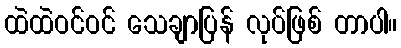
ထဲထဲဝင်ဝင် သေချာပြန် လုပ်ဖြစ် တာပါ။